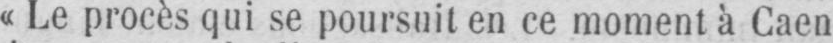
«Le procès qui se poursuit en ce moment à Caen